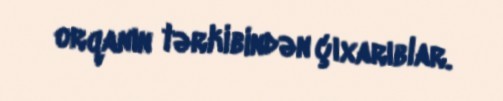
orqanın tərkibindən çıxarıblar.